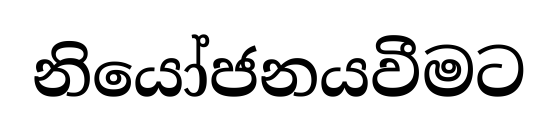
නියෝජනයවීමට